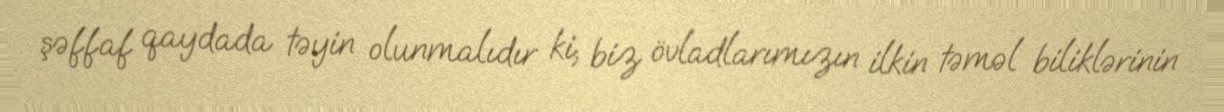
şəffaf qaydada təyin olunmalıdır ki, biz övladlarımızın ilkin təməl biliklərinin